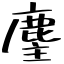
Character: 麈